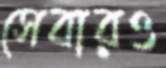
সেবারও